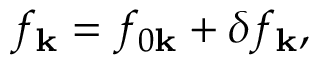
f _ { \mathbf { k } } = f _ { 0 \mathbf { k } } + \delta f _ { \mathbf { k } } ,